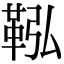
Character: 鞃